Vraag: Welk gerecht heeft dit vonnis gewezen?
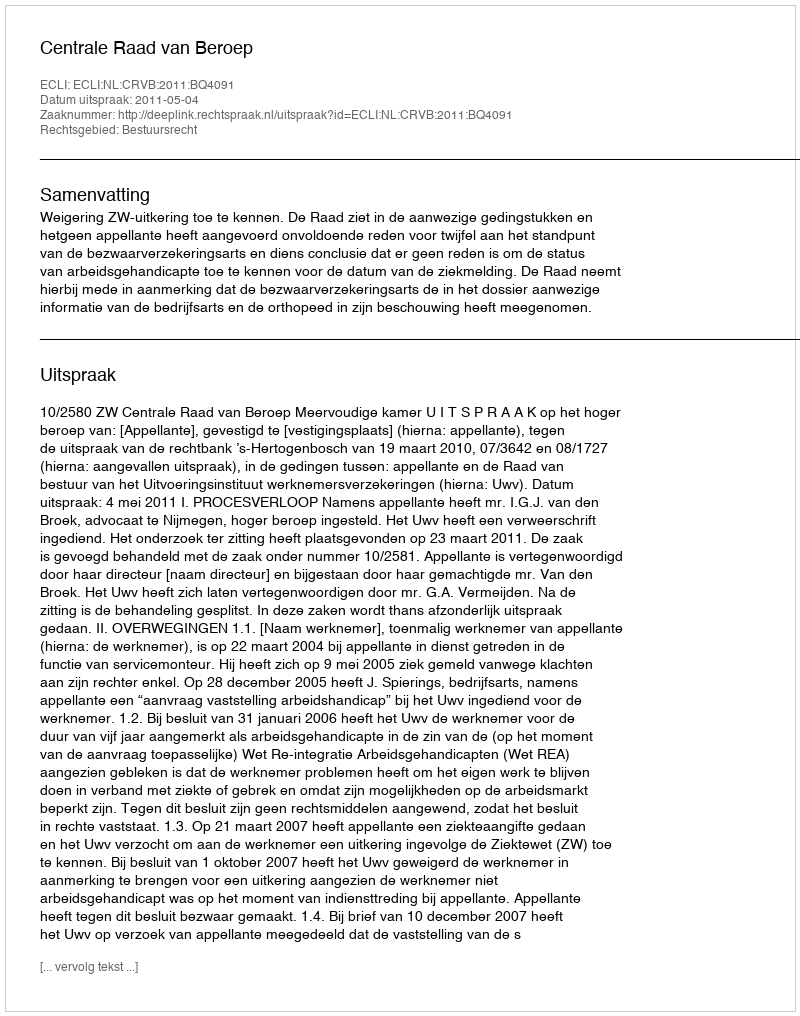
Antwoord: Centrale Raad van Beroep